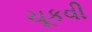
ચૂકવી